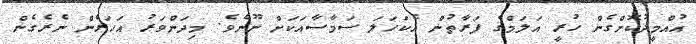
އުއްމީދުކޮށްގެން ހުރީ އަލަމްގެ ފަރާތުން އެކަހަލަ ސަމާސާއަކަށް ނޫނެވެ. މިދަންވަރު އަހަރެން ނެރެގެން